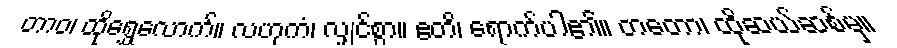
တာဝ၊ ထိုရွှေလောက်။ လဟုကံ၊ လျှင်စွာ။ ဧတိ၊ ရောက်ပါ၏။ တတော၊ ထိုဆယ်ဆစ်မှ။